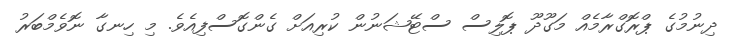
ދިނުމުގެ ޕްރޮގްރާމެއް މަގޫދޫ ޕޮލިސް ސްޓޭޝަނުން ކުރިއަށް ގެންގޮސްފިއެވެ. މި ހިނގާ ނޮވެމްބަރު